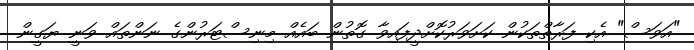
"އަވަސް" އެކި ފަރާތްތަކުން ކަށަވަރުކޮށްދީފައިވާ ގޮތުން ބައެއް މިނިސްޓަރުންގެ ނަންތައް ވަނީ ޔަގީން